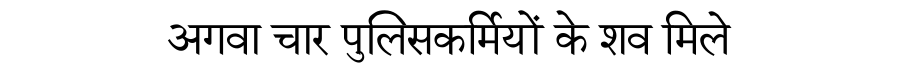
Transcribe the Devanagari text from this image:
अगवा चार पुलिसकर्मियों के शव मिले